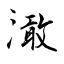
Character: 澉